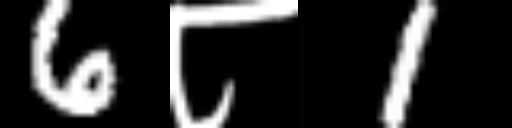
Text: 6८1